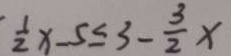
\frac { 1 } { 2 } x - 5 \leq 3 - \frac { 3 } { 2 } x